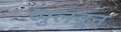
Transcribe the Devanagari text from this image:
खुलवून